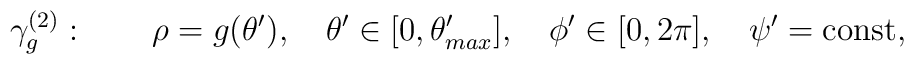
\gamma^{(2)}_{g}:\quad\quad\rho=g(\theta^\prime ),\quad \theta^\prime\in[0,\theta^\prime_{max}],\quad \phi^\prime \in[0,2\pi],\quad\psi^\prime ={\rm const},